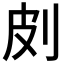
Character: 㓟